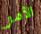
الأمر